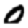
Digit: 0